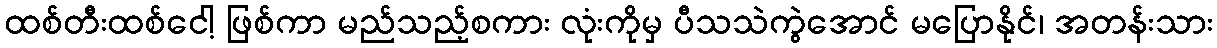
ထစ်တီးထစ်ငေါ့ ဖြစ်ကာ မည်သည့်စကား လုံးကိုမှ ပီသသဲကွဲအောင် မပြောနိုင်၊ အတန်းသား